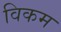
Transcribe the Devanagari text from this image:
विकम